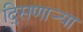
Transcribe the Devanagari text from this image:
दि्सणार्‍या